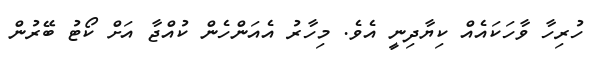
ހުރިހާ ވާހަކައެއް ކިޔާދިނީ އެވެ. މިހާރު އެއަންހެން ކުއްޖާ އަށް ކޯޓު ބޭރުން